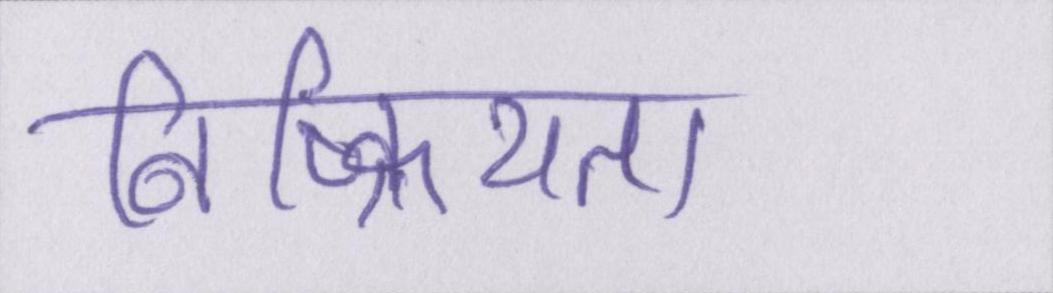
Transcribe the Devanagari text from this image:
निष्क्रियता